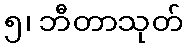
၅၊ ဘီတာသုတ်